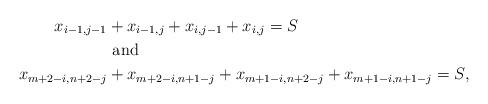
LaTeX: \begin{align*} x_{i-1,j-1} &+ x_{i-1,j} + x_{i,j-1} + x_{i,j} = S \\ &\mbox{ and } \\ x_{m+2-i,n+2-j} &+ x_{m+2-i,n+1-j} + x_{m+1-i,n+2-j} + x_{m+1-i,n+1-j} = S,\end{align*}